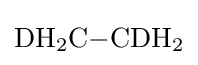
{\mathrm {DH} {\vphantom {A}}_{\smash[{t}]{2}}\mathrm {C} {-}\mathrm {CDH} {\vphantom {A}}_{\smash[{t}]{2}}}